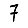
Digit: 7